Vaccination report Assam 1896-1927 - 1896-1927
Year: 1896
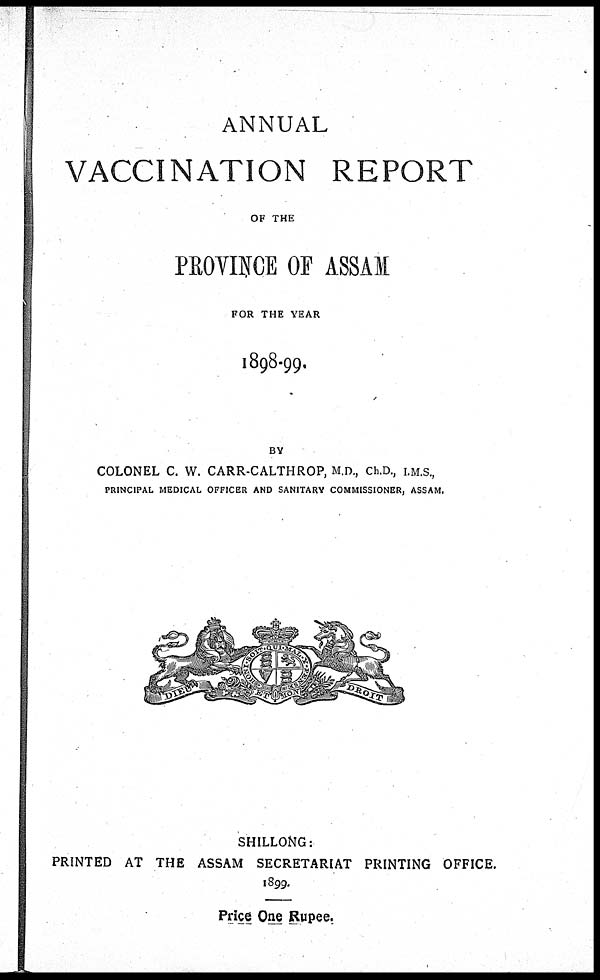
ANNUAL
VACCINATION REPORT
OF THE
PROVINCE OF ASSAM
FOR THE YEAR
1898-99.
BY
COLONEL C. W. CARR-CALTHROP, M.D., Ch.D., I.M.S.,
PRINCIPAL MEDICAL OFFICER AND SANITARY COMMISSIONER, ASSAM.
SHILLONG:
PRINTED AT THE ASSAM SECRETARIAT PRINTING OFFICE.
1899.
Price One Rupee.